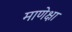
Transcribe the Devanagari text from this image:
माणेक्षा